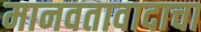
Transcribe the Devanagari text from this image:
मानवतावादाचा